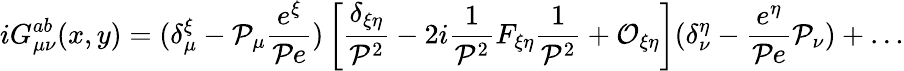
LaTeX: iG_{\mu\nu}^{ab}(x,y)=(\delta_{\mu}^{\xi}-{\cal P}_{\mu}\frac{e^{\xi}}{{\cal P}e})\left[\frac{\delta_{\xi\eta}}{{\cal P}^{2}}-2i\frac{1}{{\cal P}^{2}}F_{\xi\eta}\frac{1}{{\cal P}^{2}}+{\cal O}_{\xi\eta}\right](\delta_{\nu}^{\eta}-\frac{e^{\eta}}{{\cal P}e}{\cal P}_{\nu})+\ldots